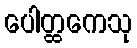
ပေါတ္ထကေသု